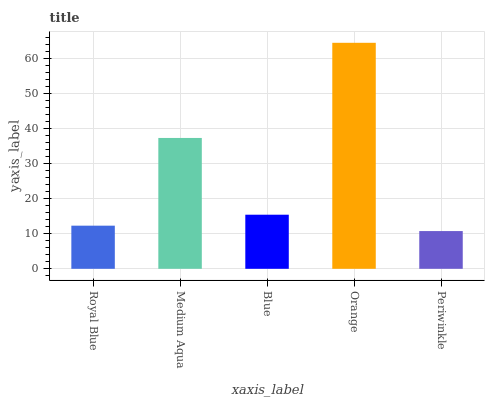
| xaxis_label | bars |
 | --- | --- |
 | Royal Blue | 12.3 |
 | Medium Aqua | 37.4 |
 | Blue | 15.5 |
 | Orange | 64.5 |
 | Periwinkle | 10.8 |